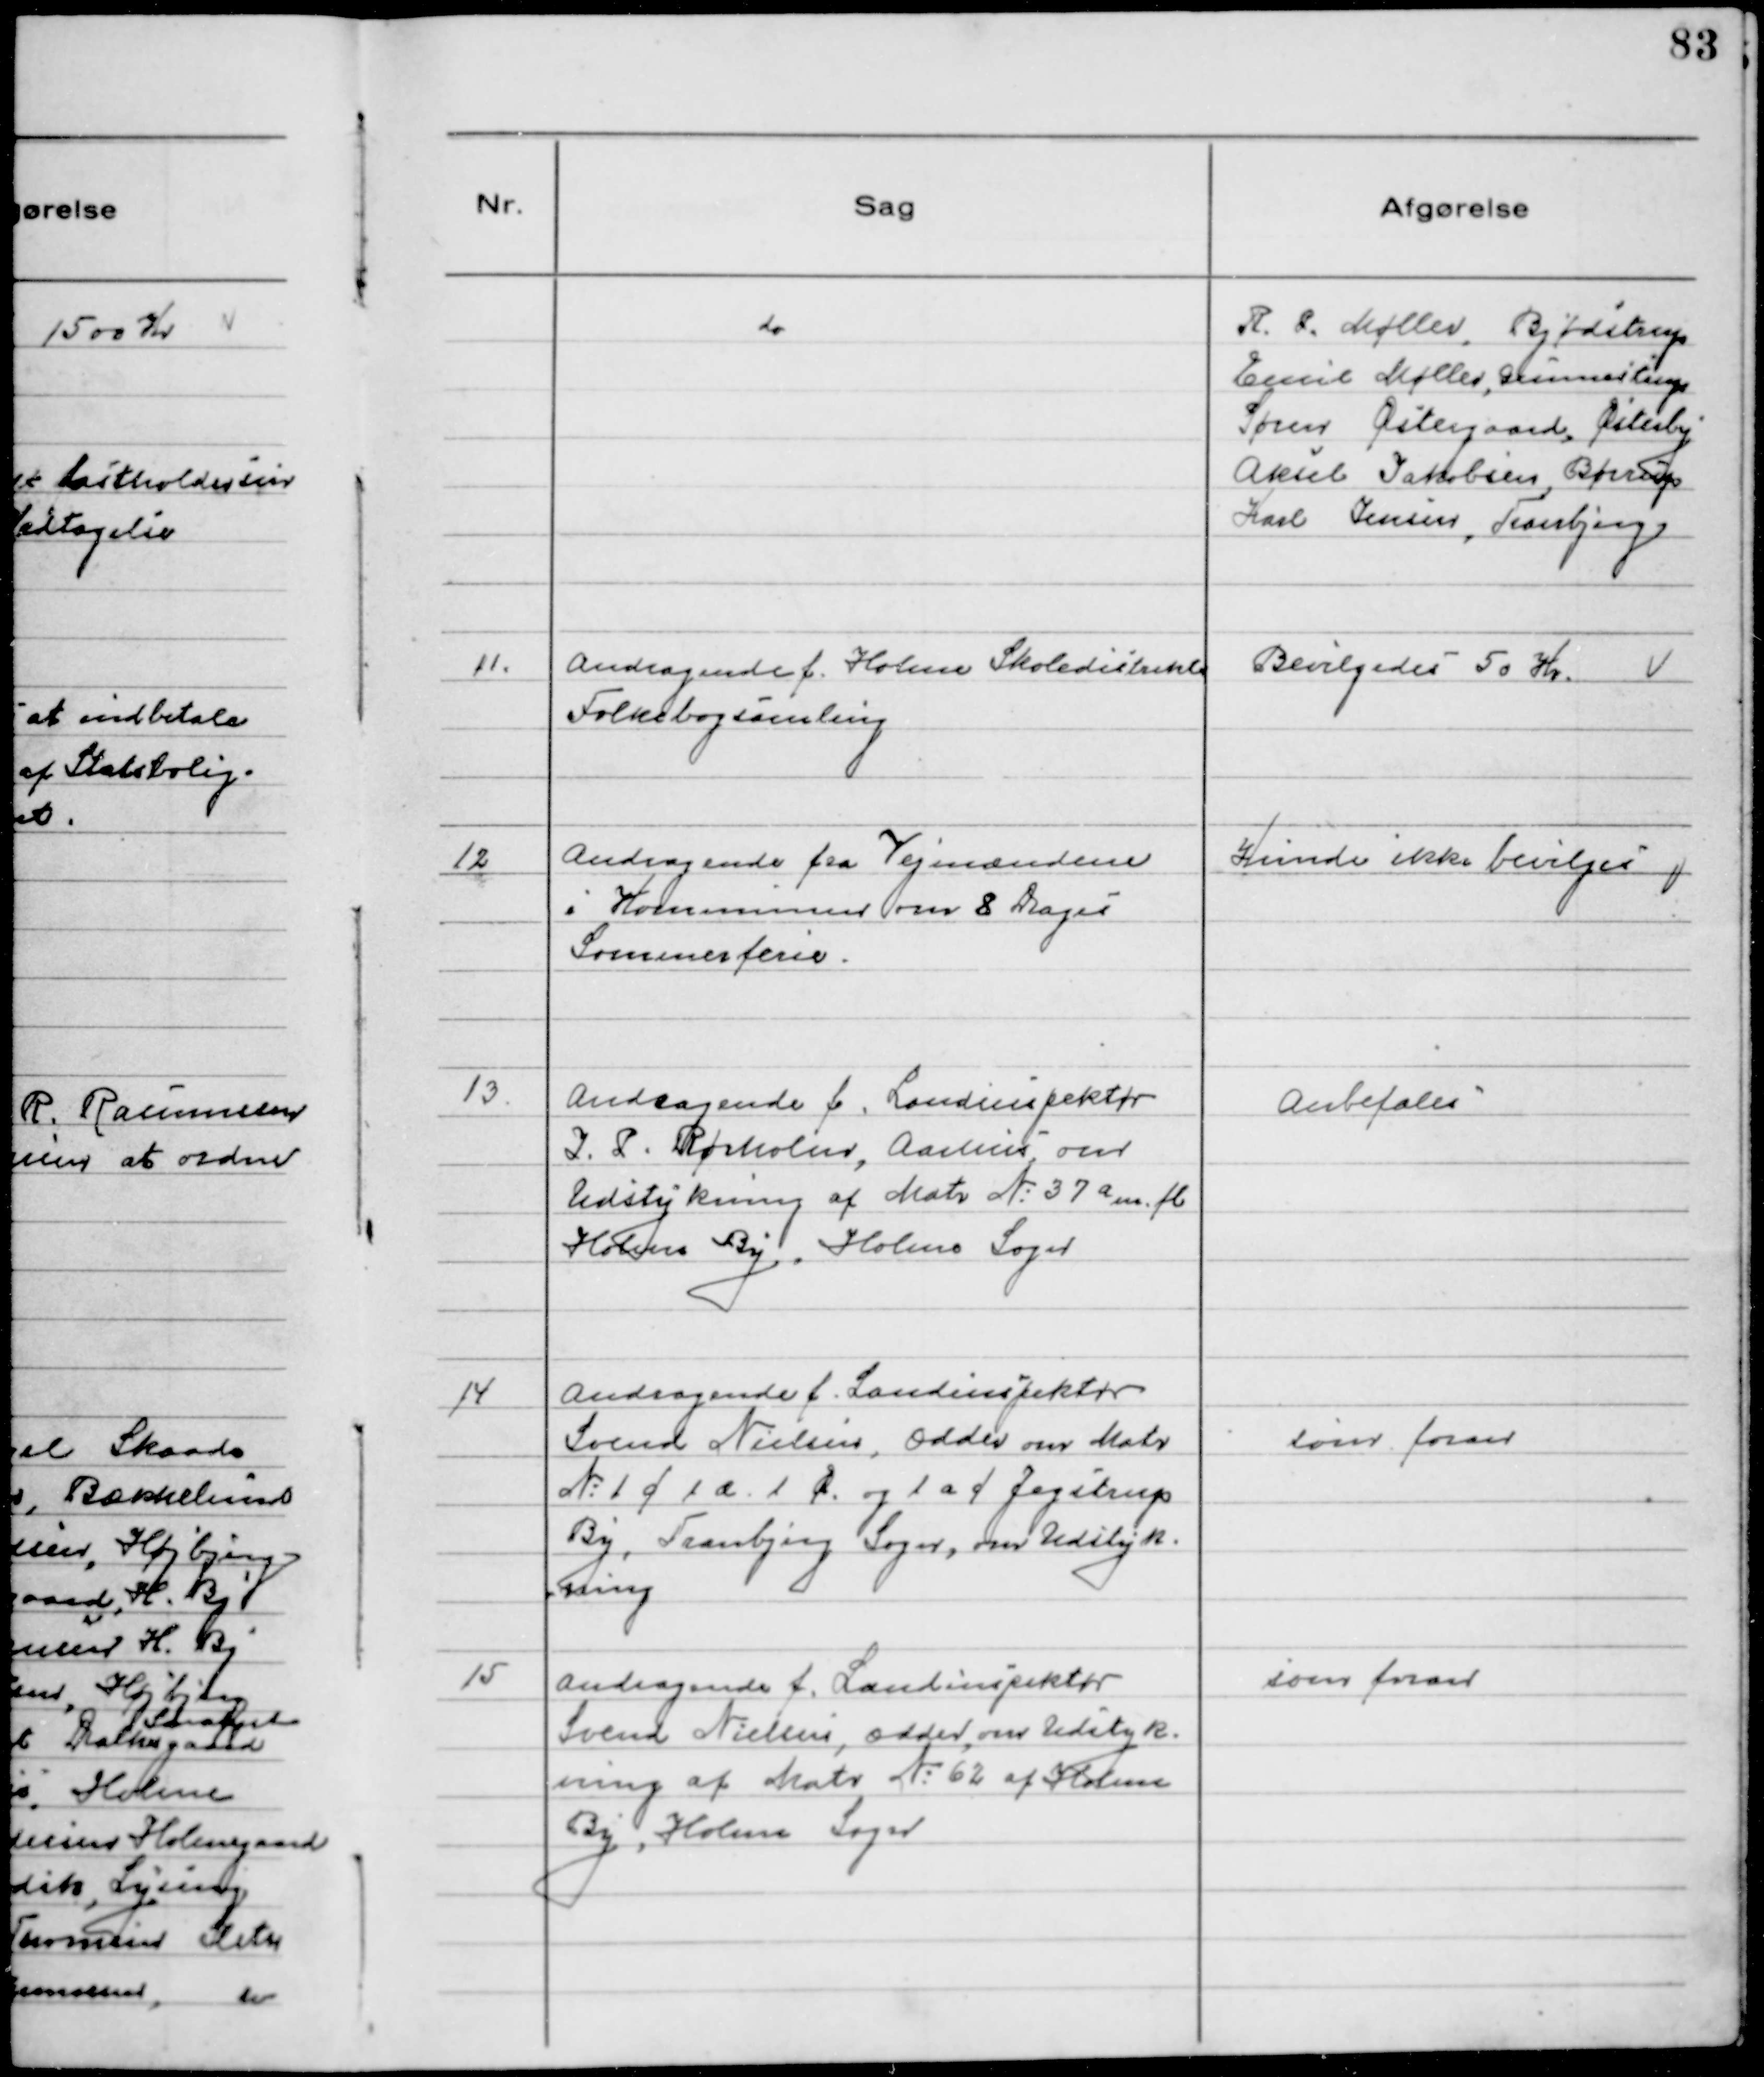
Transskription:
do

R. P. Møller, Bjødstrup
Emil Møller, Gunnestrup
Søren Østergaard, Østerby
Aksel Jakobsen,Børup
Karl Jensen, Tranbjerg

11. Andragende f. Holme Skoledistrikts
Folkebogsamling

Bevilgedes 50 Kr.

12 Andragende fra Vejmændene
i Kommunen om 8 Dages
Sommerferie.

Kunde ikke bevilges

13. Andragende f. Landinspektør
J. P. Rørholm. Aarhus om
Udstykning af Matr №37 a m.fl.
Holme By, Holme Sogn

Anbefales

14 Andragende f. Landinspektør
Svend Nielsen, Odder om Matr
№1 f 1 æ 1 Ø og 1 a f Jegstrup
By, Tranbjerg Sogn, om Udstyk-
ning

som foran

15 Andragende f. Landinspektør
Svend Nielsen, Odder om Udstyk-
ning af Matr №62 af Holme
By, Holme Sogn

som foran